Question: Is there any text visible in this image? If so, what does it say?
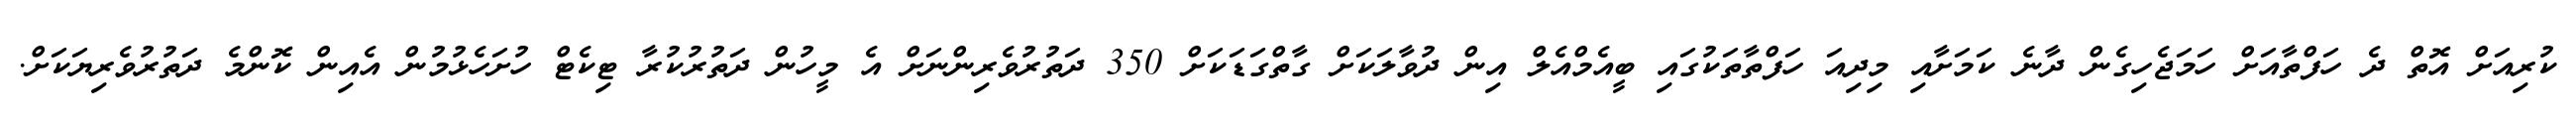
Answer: ކުރިއަށް އޮތް ދެ ހަފްތާއަށް ހަމަޖެހިގެން ދާނެ ކަމަށާއި މިދިއަ ހަފްތާތަކުގައި ބީއެމްއެލް އިން ދުވާލަކަށް ގާތްގަޑަކަށް 350 ދަތުރުވެރިންނަށް އެ މީހުން ދަތުރުކުރާ ޓިކެޓް ހުށަހެޅުމުން އެއިން ކޮންމެ ދަތުރުވެރިޔަކަށް.